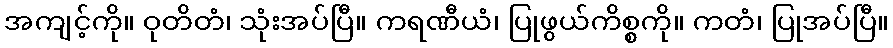
အကျင့်ကို။ ဝုတိတံ၊ သုံးအပ်ပြီ။ ကရဏီယံ၊ ပြုဖွယ်ကိစ္စကို။ ကတံ၊ ပြုအပ်ပြီ။